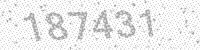
Solution: 187431